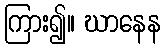
ကြား၍။ ဃာနေန